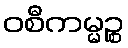
ဝစီကမ္မဉ္စ